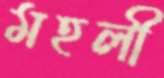
মহলী